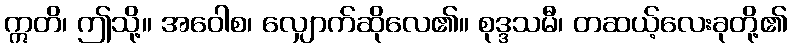
ဣတိ၊ ဤသို့။ အဝေါစ၊ လျှောက်ဆိုလေ၏။ စုဒ္ဒသမီ၊ တဆယ့်လေးခုတို့၏